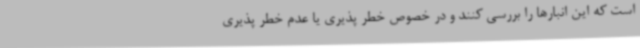
است که این انبارها را بررسی کنند و در خصوص خطر پذیری یا عدم خطر پذیری